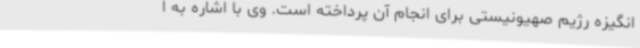
انگیزه رژیم صهیونیستی برای انجام آن پرداخته است. وی با اشاره به ا